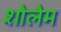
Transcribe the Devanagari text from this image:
शोलेम